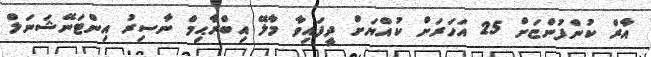
އާރް ކުންފުންޏަށް 25 އަހަރަށް ކުއްޔަށް ދީފައިވާ މާލޭ އިބްރާޙިމް ނާސިރު އިންޓަނޭޝަނަލް